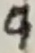
Text: 9